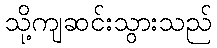
သို့ကျဆင်းသွားသည်